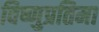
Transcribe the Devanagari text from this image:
विष्णुप्रतिमा